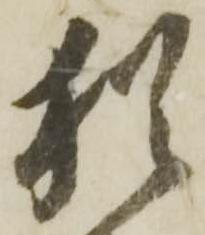
猶